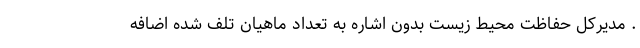
. مدیرکل حفاظت محیط زیست بدون اشاره به تعداد ماهیان تلف شده اضافه